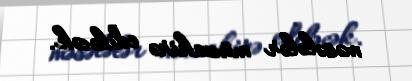
məsələlər müzakirə ediləcək.